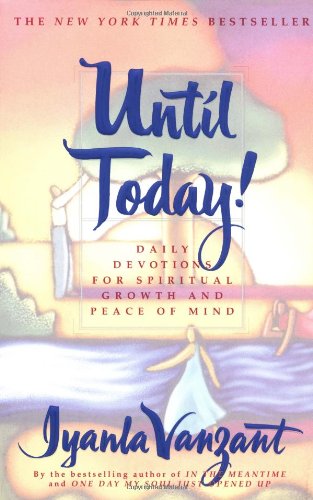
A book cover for Until Today! : Daily Devotions for Spiritual Growth and Peace of Mind; Iyanla Vanzant; Self-Help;